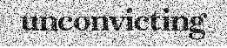
unconvicting